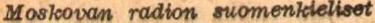
Moskovam radion suomenkieliset